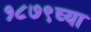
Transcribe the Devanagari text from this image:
१८७९च्या